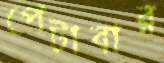
পেটাবার